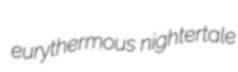
eurythermous nightertale